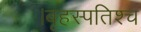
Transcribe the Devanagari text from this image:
।बृहस्पतिश्च